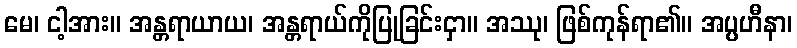
မေ၊ ငါ့အား။ အန္တရာယာယ၊ အန္တရာယ်ကိုပြုခြင်းငှာ။ အဿု၊ ဖြစ်ကုန်ရာ၏။ အပ္ပဟီနာ၊